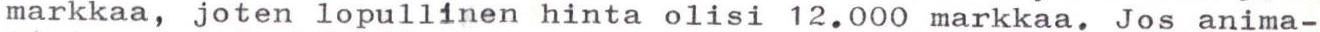
markkaa, joten lopullinen hinta olisi 12.000 markkaa. Jos anima-